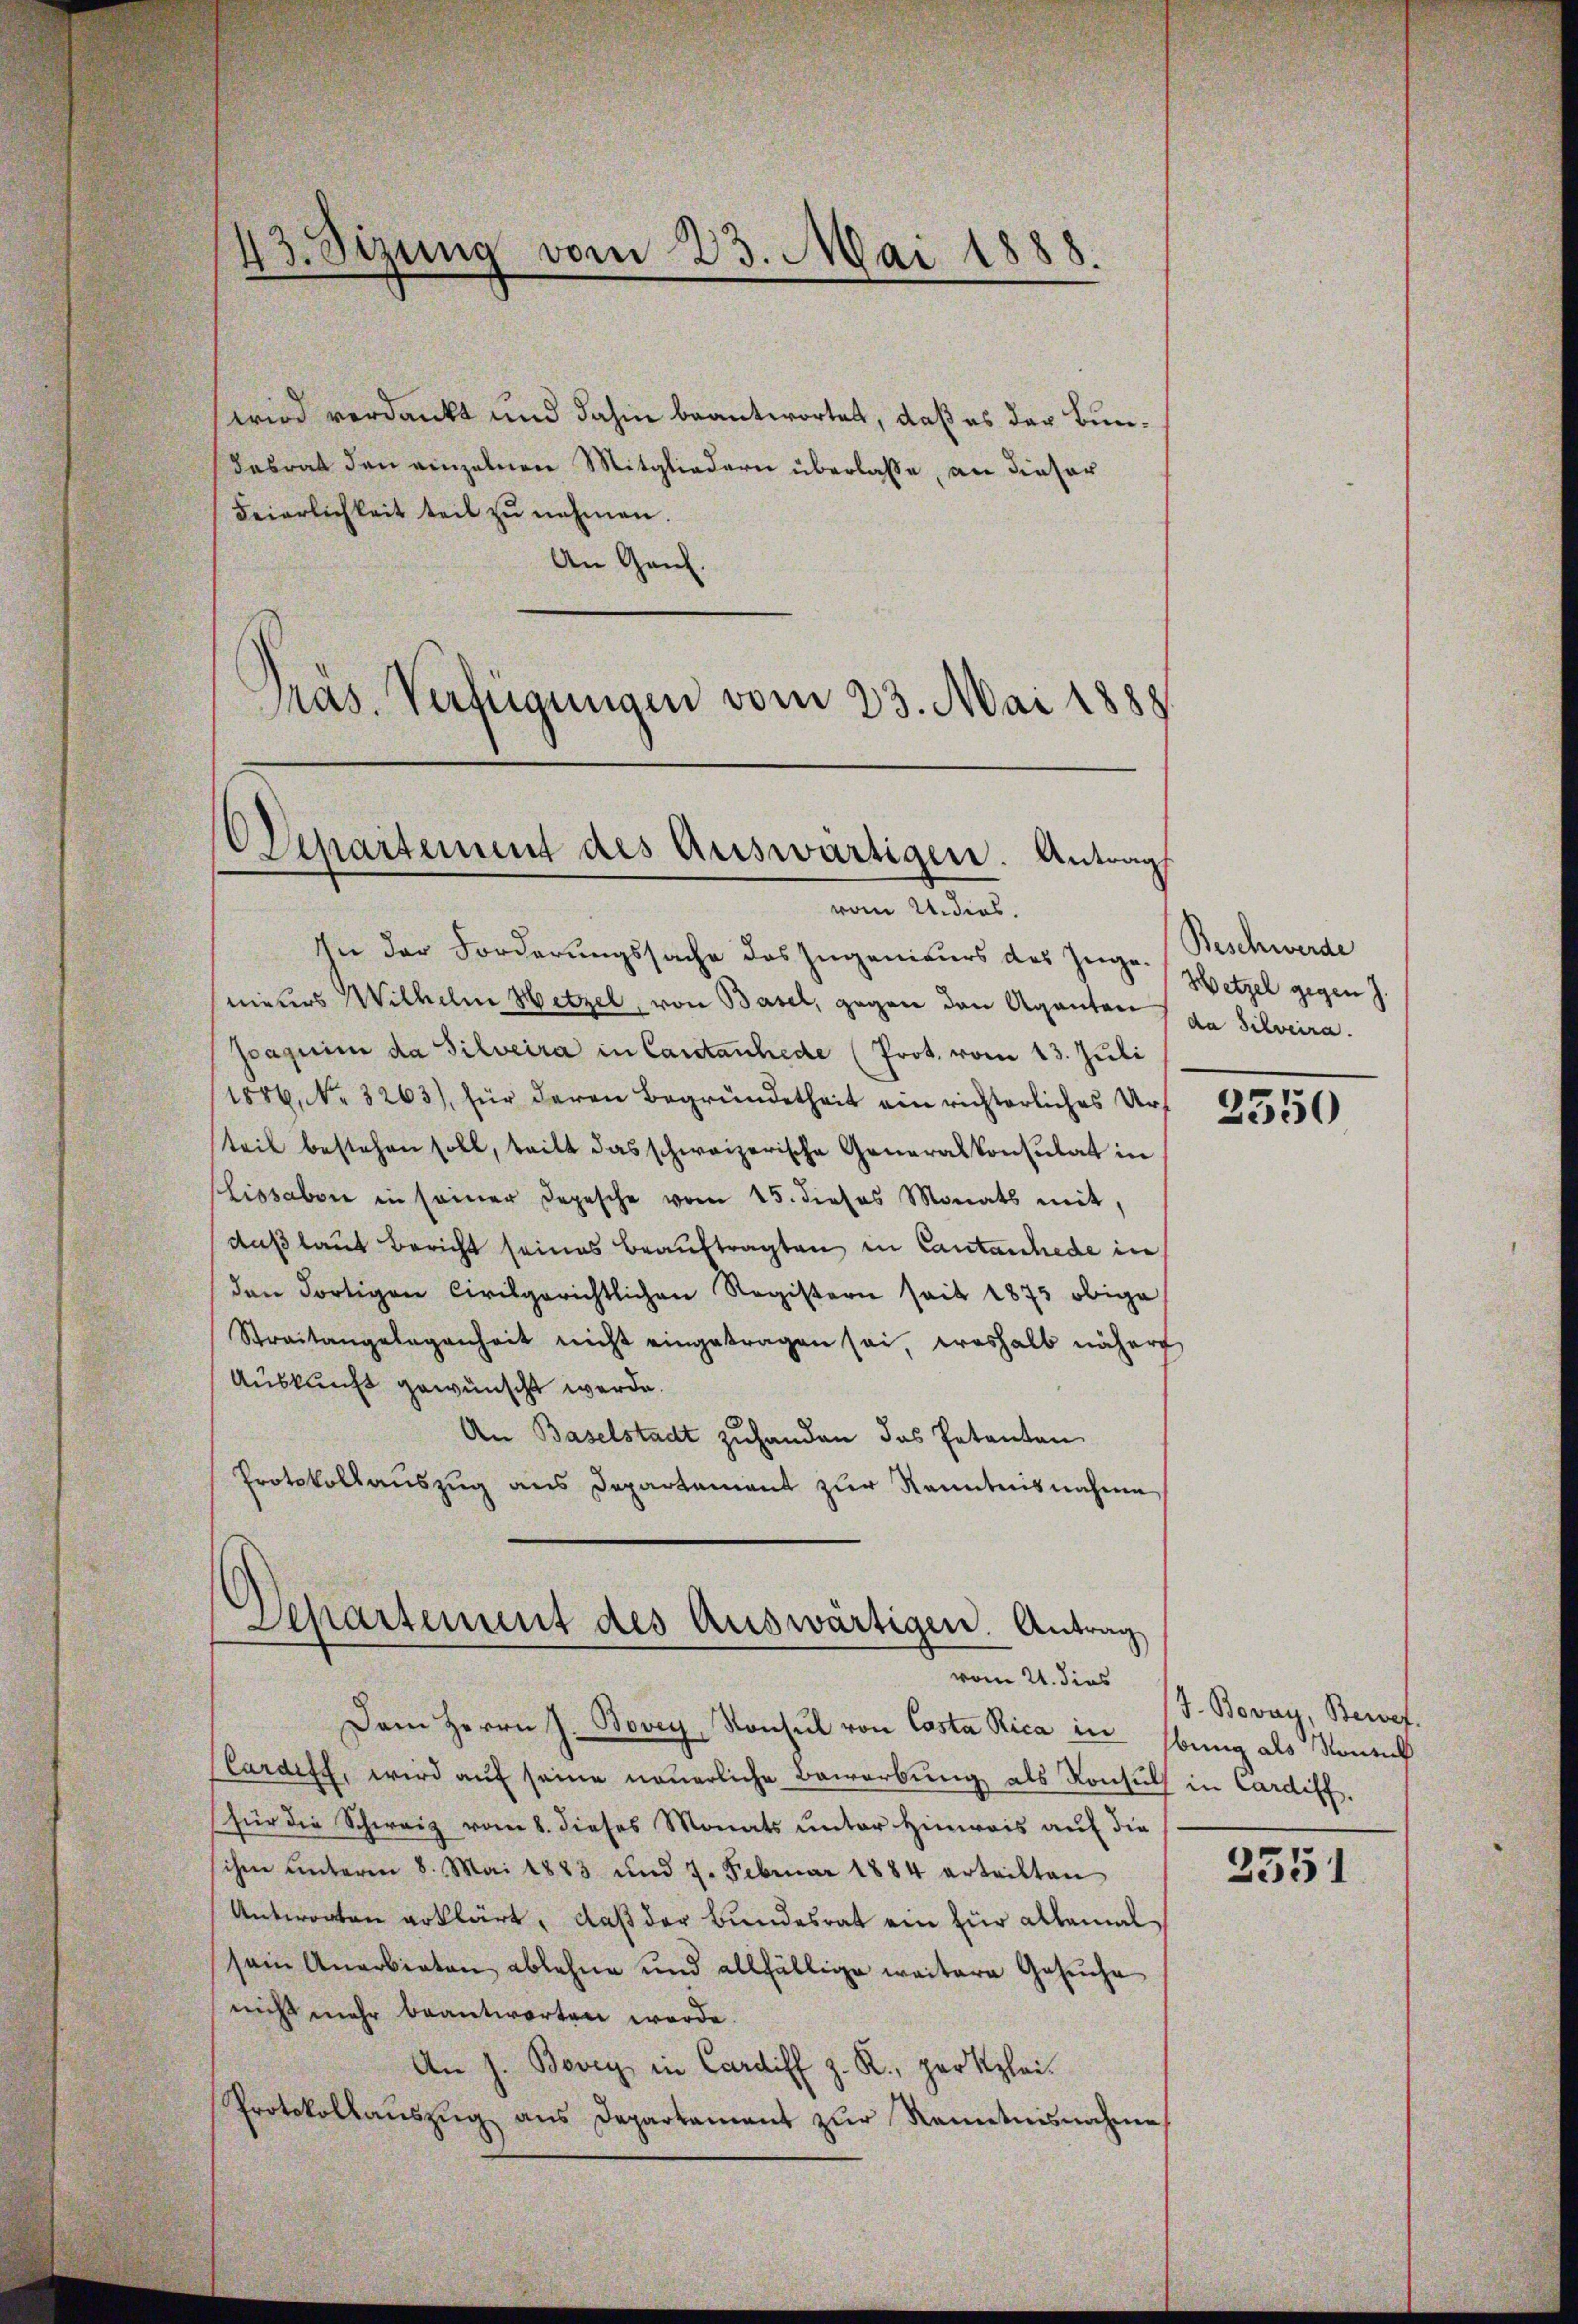
wird verdankt und dahin beantwortet, daß es der Bun¬
Dasrat den einzelnen Mitgliedern überlasse, an dieser
Feierlichkeit teil zŭ nehmen.
An Gant.
Präs. Verfügungen vom 23. Mai 1888.
In der Forderungssache des Ingenieurs des Juge. (Beschwerde
nieters Wilhelm Hetzel, von Basel, gegen den Aganten
spaquin da Silveira in Cantanhede (Prot. vom 13. Juli
1856, No. 3263), für deren Begründetheit ein richterliches Urt
teil bestehen soll, teilt das schweizerische Generalkonsulat in
plissabon in seiner Depesche vom 15. dieses Monats mit,
daß laut Bericht seines beauftragten in Cantanhede in
den Fortigen Civilgerichtlichen Registern seit 1875 obige
Streitangelegenheit nicht eingetragen sei, weshalb nähere
Auskunft gewünscht werde.
An Baselstadt zuhanden das Petenten
Protokollauszug aus Departement zur Kenntnisnahme
Departement des Auswärtigen. Antrag

43. Sizung vom 23. Mai 1888.

Departement des Auswärtigen. Antrag
vom 2. dies

vom 21. dies

Dem Herrn J. Bovey, Konsul von Costa Rica in Übung als Nonneck
Cardiff, wird auf seine neuerliche Bewerbung als Konsuls in Cardiff.
(für die Schweiz vom 8. dieses Monats unter Hinweis auf die
schen ŭnterm 8. Mai 1883 und 7. Februar 1884 erteilten
Antworten erklärt, daß der Bundesrat ein für allemal
sein Anerbieten ablehne und allfällige weitere Gesuche
nicht mehr beantworten werde.
An J. Bovey in Cardiff z. R., per klei¬
Protokollaŭszŭg ans Departamant zŭr Kenntnisnahme

Hetzel gegen J.
da Silveira

2550

J. Bovay, Beroef

2551